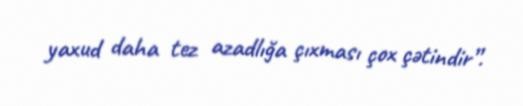
yaxud daha tez azadlığa çıxması çox çətindir”.